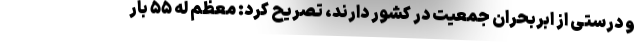
و درستی از ابربحران جمعیت در کشور دارند، تصریح کرد: معظم له ۵۵ بار